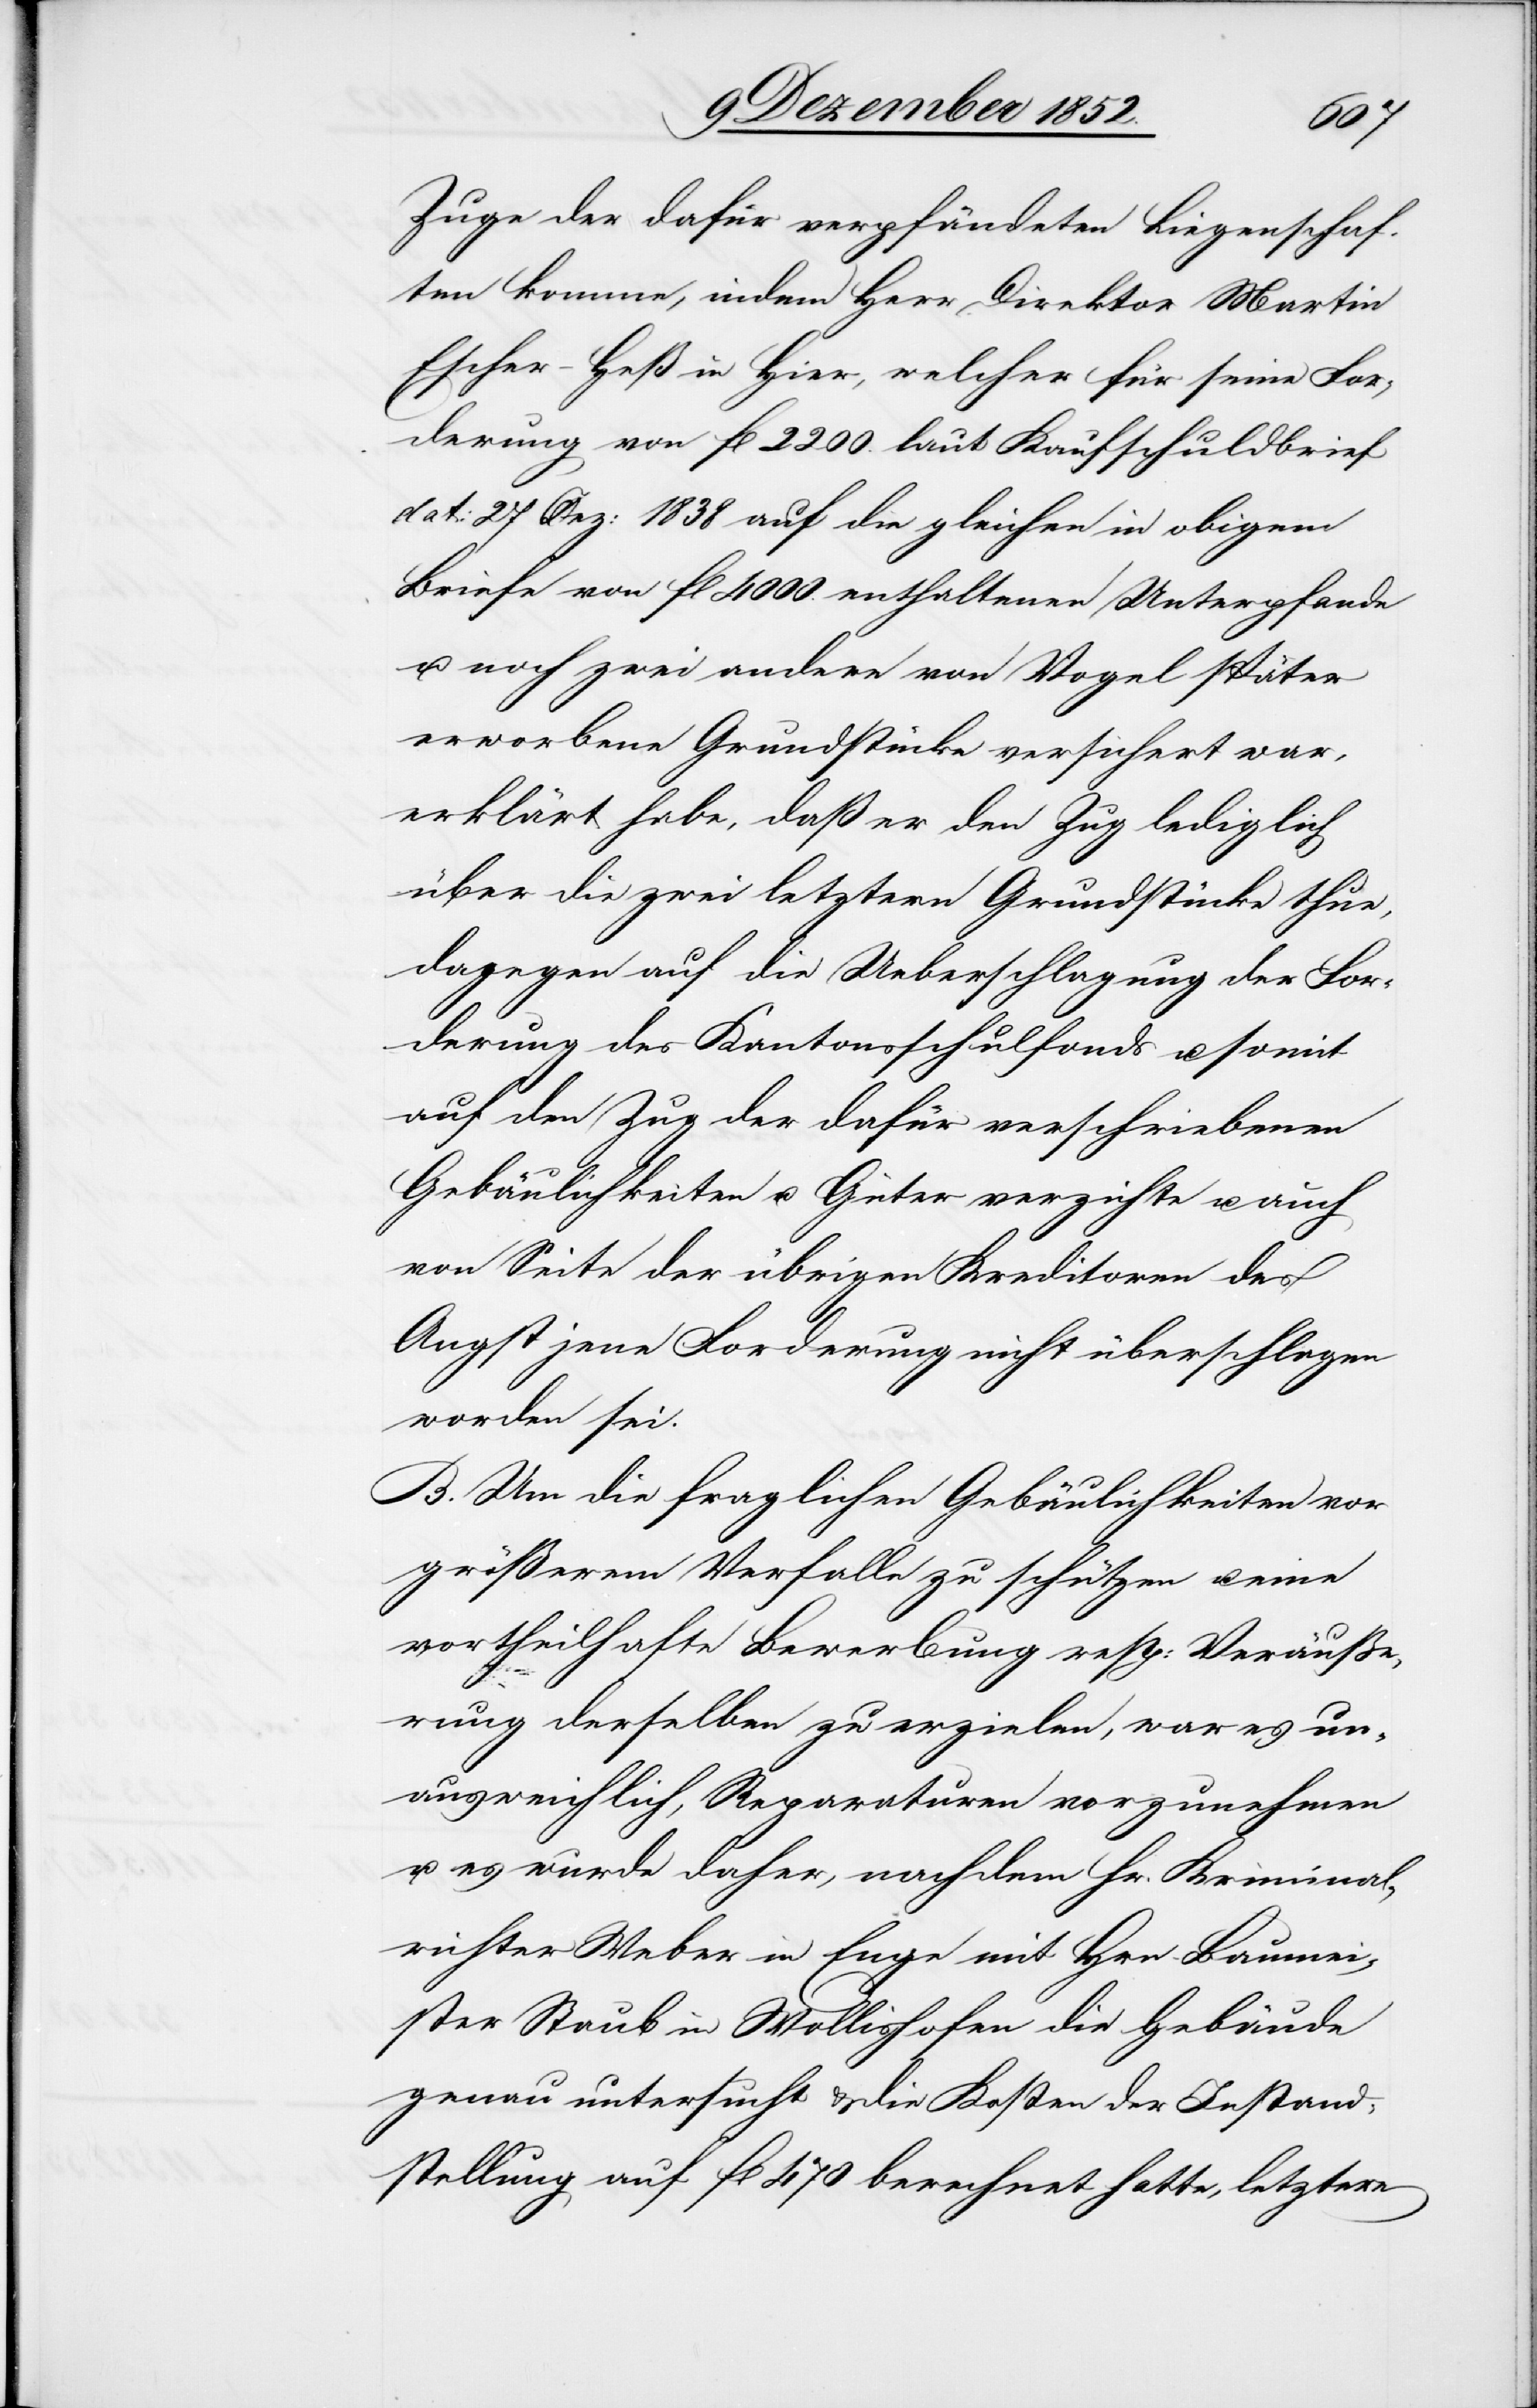
Zuge der dafür verpfändeten Liegenschaf¬
ten komme, indem Herr Direktor Martin
Escher-Heß in Hier, welcher für seine For¬
derung von fl 2200. laut Kaufschuldbrief
dat: 27 Dez: 1838 auf die gleichen in obigem
Briefe von fl 4000. enthaltenen Unterpfande
u. noch zwei andere von Vogel später
erworbene Grundstücke versichert war,
erklärt habe, daß er den Zug lediglich
über die zwei letztern Grundstücke thue,
dagegen auf die Ueberschlagung der For¬
derung des Kantonsschulfonds u. somit
auf den Zug der dafür verschriebenen
Gebäulichkeiten u. Güter verzichte u. auch
von Seite der übrigen Kreditoren des
Angst jene Forderung nicht überschlagen
worden sei.
B. Um die fraglichen Gebäulichkeiten vor
größerem Verfalle zu schützen u. eine
vortheilhafte Bewerbung resp: Veräuße¬
rung derselben zu erzielen, war es un¬
ausweichlich, Reparaturen vorzunehmen
u. es wurde[n] daher, nachdem Hr. Kriminal¬
richter Weber in Enge mit Hrn. Baumei¬
ster Staub in Wollishofen die Gebäude
genau untersucht & die Kosten der Instand¬
stellung auf fl 470 berechnet hatte, letztere